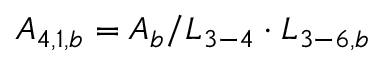
{ A _ { 4 , 1 , b } } = { A _ { b } } / { L _ { 3 - 4 } } \cdot { L _ { 3 - 6 , b } }